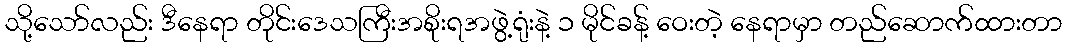
သို့သော်လည်း ဒီနေရာ တိုင်းဒေသကြီးအစိုးရအဖွဲ့ရုံးနဲ့ ၁ မိုင်ခန့် ဝေးတဲ့ နေရာမှာ တည်ဆောက်ထားတာ